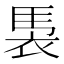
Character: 𮕹